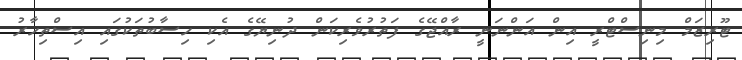
ޓޫރިޒަމް މިނިސްޓްރީ އިން އަންނަނީ ރާއްޖޭގެ ފަތުރުވެރިކަން ދުނިޔޭގެ އެކި ހިސާބުތަކުގައި އިސްތިހާރު